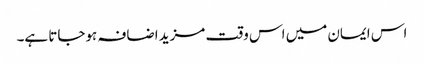
اس ایمان میں اس وقت مزید اضافہ ہوجاتا ہے۔